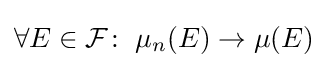
\forall E\in {\mathcal {F}}\colon \;\mu _{n}(E)\to \mu (E)